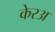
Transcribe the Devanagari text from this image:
केरअ